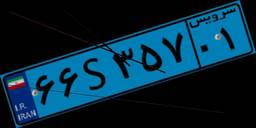
۶۶S۳۵۷۰۱